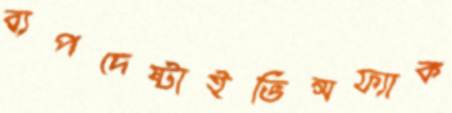
ব্যপদেষ্টাইভিন্সফ্যাক